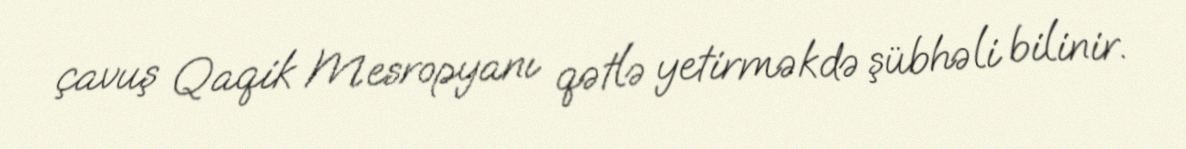
çavuş Qaqik Mesropyanı qətlə yetirməkdə şübhəli bilinir.